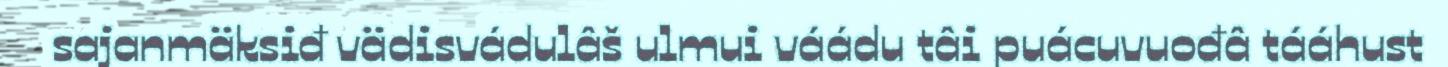
sajanmäksiđ vädisvádulâš ulmui váádu tâi puácuvuođâ tááhust